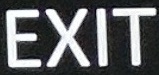
EXIT